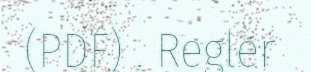
(PDF) . Regler